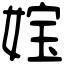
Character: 𡝬